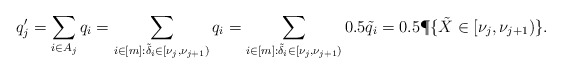
\begin{align*}q'_j &= \sum_{i \in A_j} q_i = \sum_{i \in [m]: \tilde{\delta}_i \in [\nu_j, \nu_{j+1})} q_i = \sum_{i \in [m]: \tilde{\delta}_i \in [\nu_j, \nu_{j+1})} 0.5 \tilde{q}_i= 0.5 \P\{ \tilde{X} \in [\nu_j, \nu_{j+1} )\}.\end{align*}